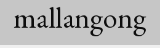
mallangong